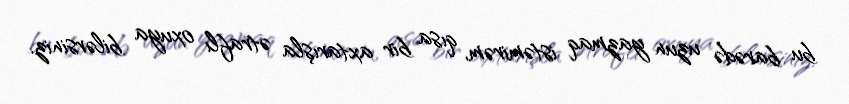
bu barədə uzun yazmaq istəmirəm, qısa bir axtarışla ətraflı oxuya bilərsiniz.